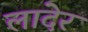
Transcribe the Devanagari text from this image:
लादेर